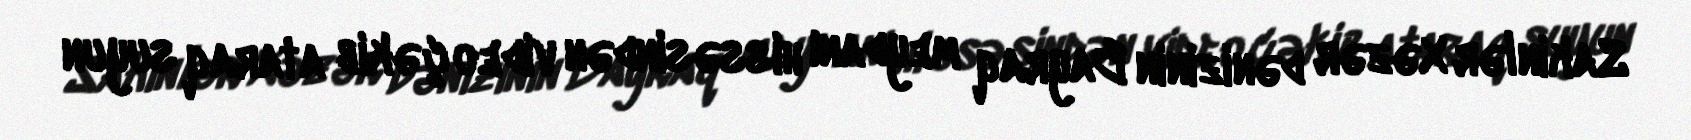
Sakinlər Xəzər dənizinin Bayraq meydanı hissəsindən video çəkib ataraq suyun